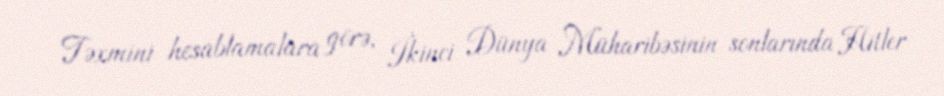
Təxmini hesablamalara görə, İkinci Dünya Müharibəsinin sonlarında Hitler